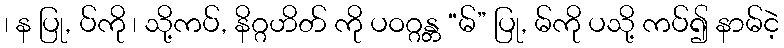
၊ န ပြု, ပ်ကို ၊ သို့ကပ်, နိဂ္ဂဟိတ် ကို ပဝဂ္ဂန္တ “မ်” ပြု, မ်ကို ပသို့ ကပ်၍ နာမ်ငဲ့